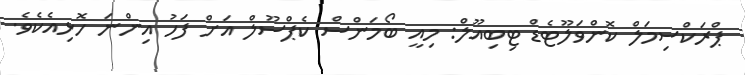
ޕްރަކްސިމަލް ކޮންވަލޫޓެޑް ޓިބިއޫލް: މިއީ ބޯމަންސް ކެޕްސޫލް އަށް ފަހު އިންނަ ހޮޅިއެކެވެ.